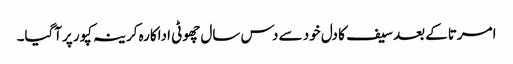
امرتاکے بعد سیف کا دل خود سے دس سال چھوٹی اداکارہ کرینہ کپور پرآگیا۔